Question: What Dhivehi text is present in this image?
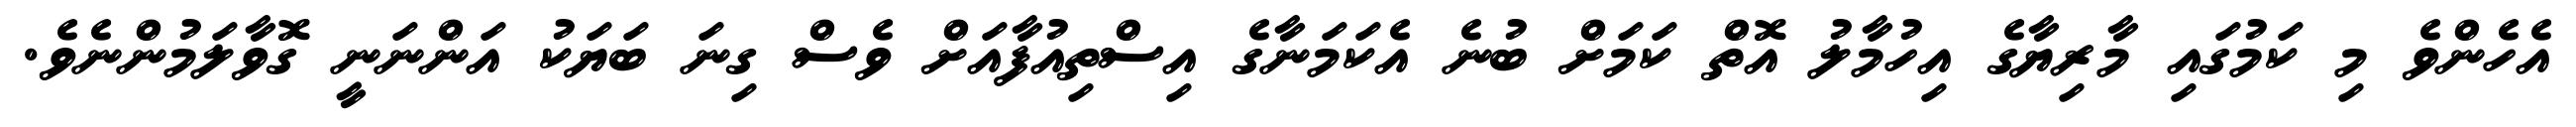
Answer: އެހެންވެ މި ކަމުގައި މާރިޔާގެ އިހުމާލު އޮތް ކަމަށް ބުނެ އެކަމަނާގެ އިސްތިއުފާއަށް ވެސް ގިނަ ބަޔަކު އަންނަނީ ގޮވާލަމުންނެވެ.